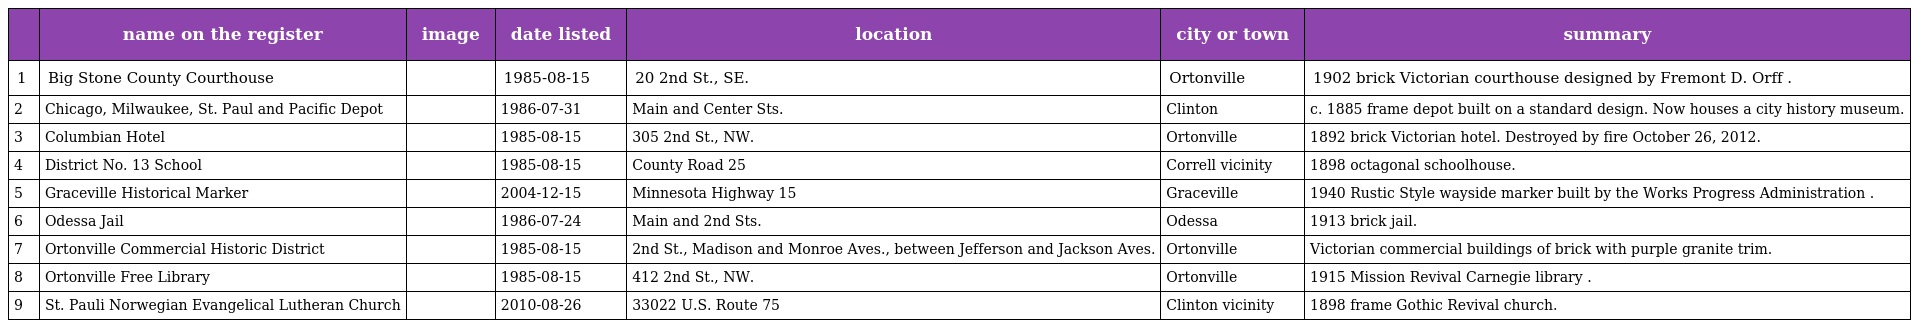
|  | name on the register | image | date listed | location | city or town | summary |
 | --- | --- | --- | --- | --- | --- | --- |
 | 1 | Big Stone County Courthouse |  | 1985-08-15 | 20 2nd St., SE. | Ortonville | 1902 brick Victorian courthouse designed by Fremont D. Orff . |
 | 2 | Chicago, Milwaukee, St. Paul and Pacific Depot |  | 1986-07-31 | Main and Center Sts. | Clinton | c. 1885 frame depot built on a standard design. Now houses a city history museum. |
 | 3 | Columbian Hotel |  | 1985-08-15 | 305 2nd St., NW. | Ortonville | 1892 brick Victorian hotel. Destroyed by fire October 26, 2012. |
 | 4 | District No. 13 School |  | 1985-08-15 | County Road 25 | Correll vicinity | 1898 octagonal schoolhouse. |
 | 5 | Graceville Historical Marker |  | 2004-12-15 | Minnesota Highway 15 | Graceville | 1940 Rustic Style wayside marker built by the Works Progress Administration . |
 | 6 | Odessa Jail |  | 1986-07-24 | Main and 2nd Sts. | Odessa | 1913 brick jail. |
 | 7 | Ortonville Commercial Historic District |  | 1985-08-15 | 2nd St., Madison and Monroe Aves., between Jefferson and Jackson Aves. | Ortonville | Victorian commercial buildings of brick with purple granite trim. |
 | 8 | Ortonville Free Library |  | 1985-08-15 | 412 2nd St., NW. | Ortonville | 1915 Mission Revival Carnegie library . |
 | 9 | St. Pauli Norwegian Evangelical Lutheran Church |  | 2010-08-26 | 33022 U.S. Route 75 | Clinton vicinity | 1898 frame Gothic Revival church. |